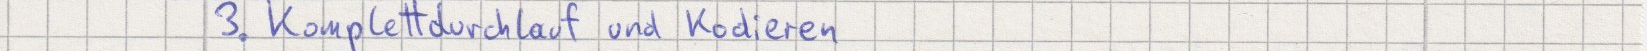
3. Komplettdurchlauf und Kodieren